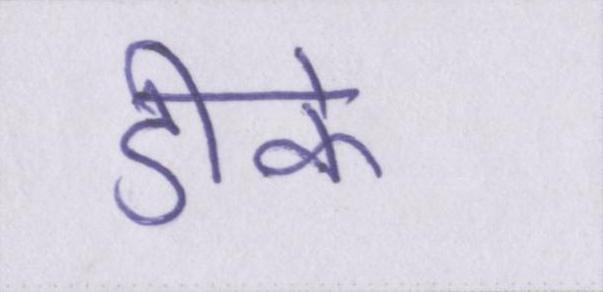
डीके